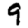
Digit: 9